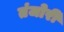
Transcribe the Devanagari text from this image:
तंजोरी